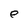
Character: e